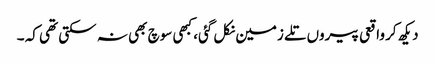
دیکھ کر واقعی پیروں تلے زمین نکل گئی، کبھی سوچ بھی نہ سکتی تھی کہ ۔